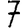
Digit: 7